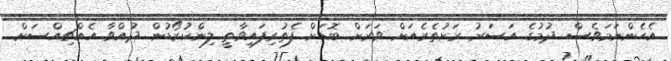
އެހެންނަމަވެސް ދުމުގެ އަސަރު ރަށުތެރެއަށް ވަރަށް ބޮޑަށް ފެތުރިފައިވާތީ ލިންކުރޯޑުން ދުއްވާ އެއްޗިއްސަށް